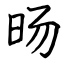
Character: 旸